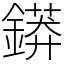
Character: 䥈